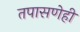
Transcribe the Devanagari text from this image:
तपासणेही